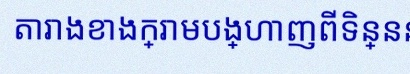
តារាងខាងក្រោមបង្ហាញពីទិន្នន័យ